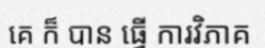
គេ ក៏ បាន ធ្វើ ការវិភាគ